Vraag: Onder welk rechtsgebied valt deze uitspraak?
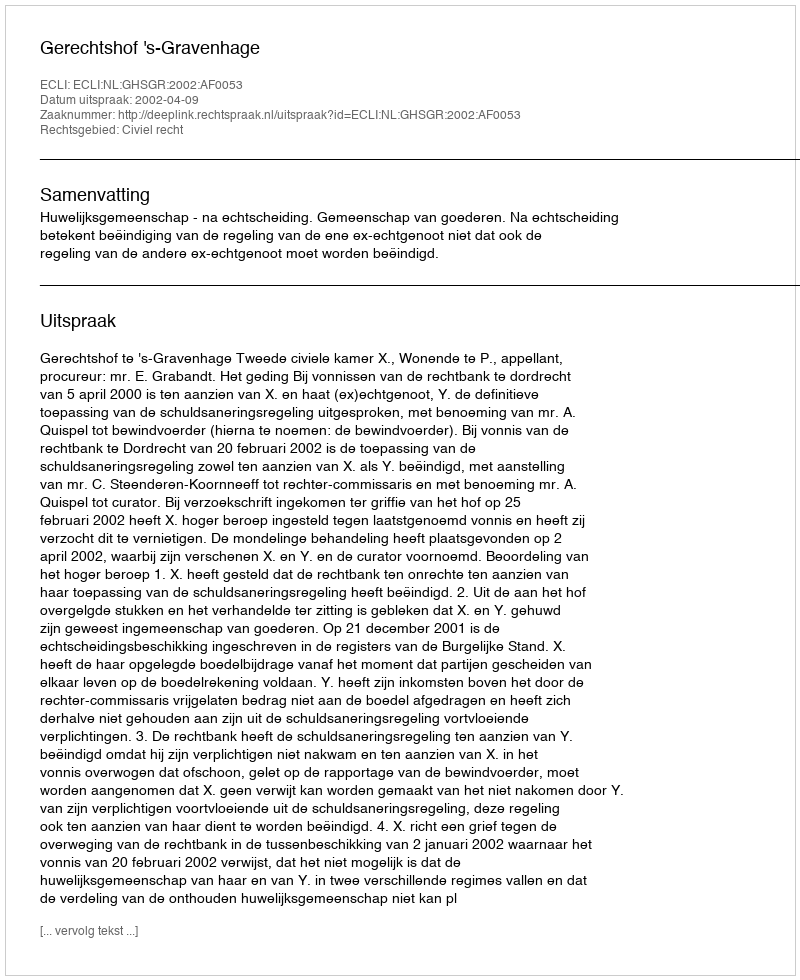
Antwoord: Civiel recht